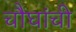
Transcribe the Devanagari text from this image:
चौघांची